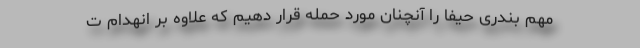
مهم بندری حیفا را آنچنان مورد حمله قرار دهیم که علاوه بر انهدام ت